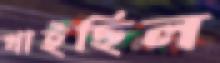
খাইছিল